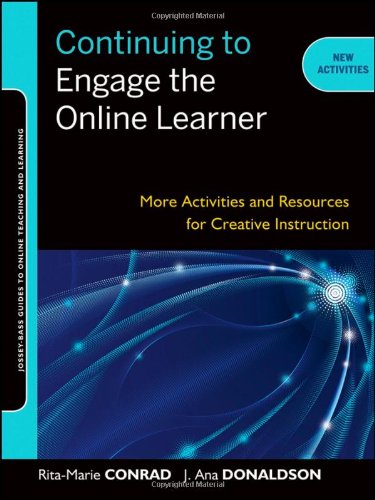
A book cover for Continuing to Engage the Online Learner: More Activities and Resources for Creative Instruction; Rita-Marie Conrad; Education & Teaching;